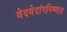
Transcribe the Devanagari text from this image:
वेदवेदांगनिष्णात